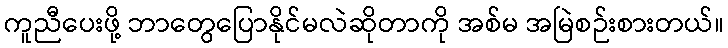
ကူညီပေးဖို့ ဘာတွေပြောနိုင်မလဲဆိုတာကို အစ်မ အမြဲစဉ်းစားတယ်။